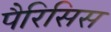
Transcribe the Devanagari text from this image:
पैरिसिस